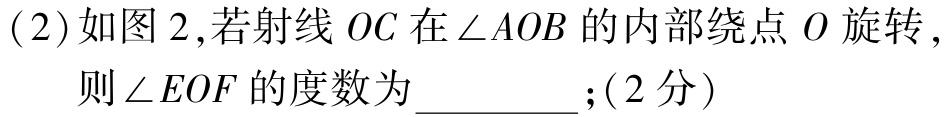
(2)如图2,若射线 \(OC\) 在 \(\angle AOB\) 的内部绕点 \(O\) 旋转，

则 \(\angle EOF\) 的度数为_________；(2分)